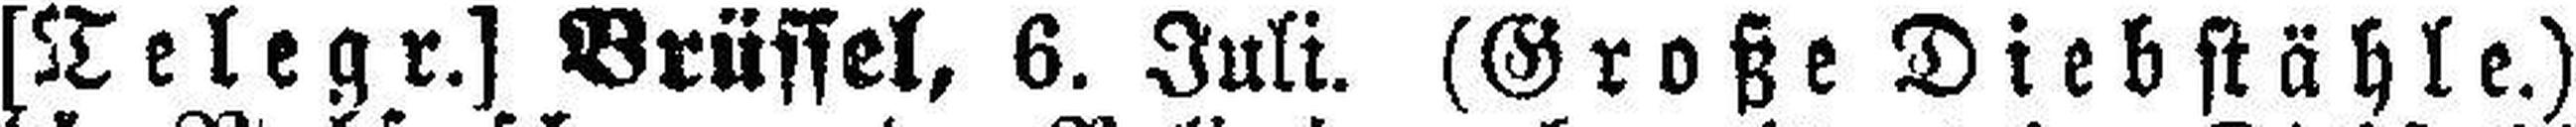
[Telegr.] Brüssel, 6. Juli. (Große Diebstähle.)